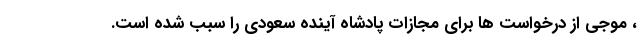
، موجی از درخواست ها برای مجازات پادشاه آینده سعودی را سبب شده است.